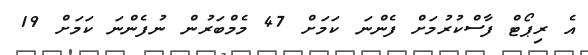
އެ ރިޕޯޓް ފާސްކުރުމަށް ފެންނަ ކަމަށް 47 މެމްބަރުން ނުފެންނަ ކަމަށް 19